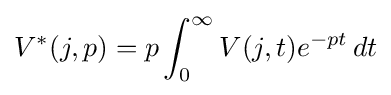
V^{\ast }(j,p)=p\int _{0}^{\infty }V(j,t)e^{-pt}\,dt